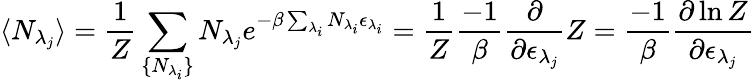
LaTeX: \langle N_{\lambda_{j}}\rangle=\frac{1}{Z}\sum_{\{ N_{\lambda_{i}}\} }N_{\lambda_{j}}e^{-\beta\sum_{\lambda_{i}}N_{\lambda_{i}}\epsilon_{\lambda_{i}}}=\frac{1}{Z}\frac{-1}{\beta}\frac{\partial}{\partial\epsilon_{\lambda_{j}}}Z=\frac{-1}{\beta}\frac{\partial\ln Z}{\partial\epsilon_{\lambda_{j}}}